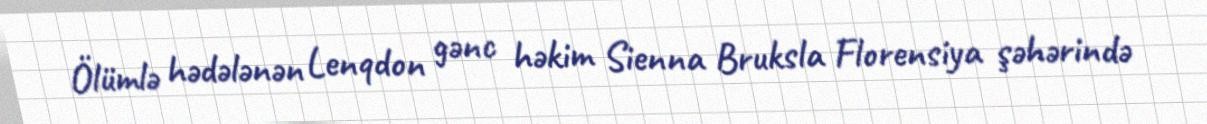
Ölümlə hədələnən Lenqdon gənc həkim Sienna Bruksla Florensiya şəhərində